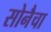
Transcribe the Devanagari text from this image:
सोनैचा